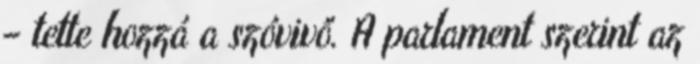
– tette hozzá a szóvivő. A parlament szerint az